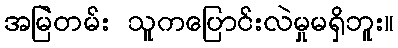
အမြဲတမ်း သူကပြောင်းလဲမှုမရှိဘူး။